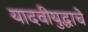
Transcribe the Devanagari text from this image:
यादवीयुद्धाचे